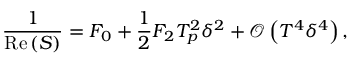
\frac { 1 } { \mathrm { R e } \left( S \right) } = F _ { 0 } + \frac { 1 } { 2 } F _ { 2 } T _ { p } ^ { 2 } \delta ^ { 2 } + \mathcal { O } \left( T ^ { 4 } \delta ^ { 4 } \right) ,